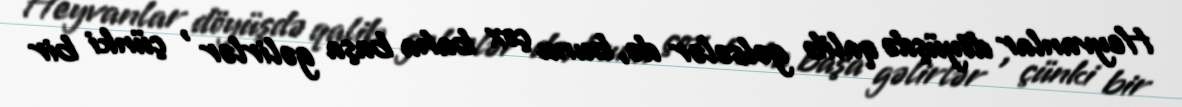
Heyvanlar döyüşdə qalib gəlsələr də, bunu çox baha başa gəlirlər , çünki bir